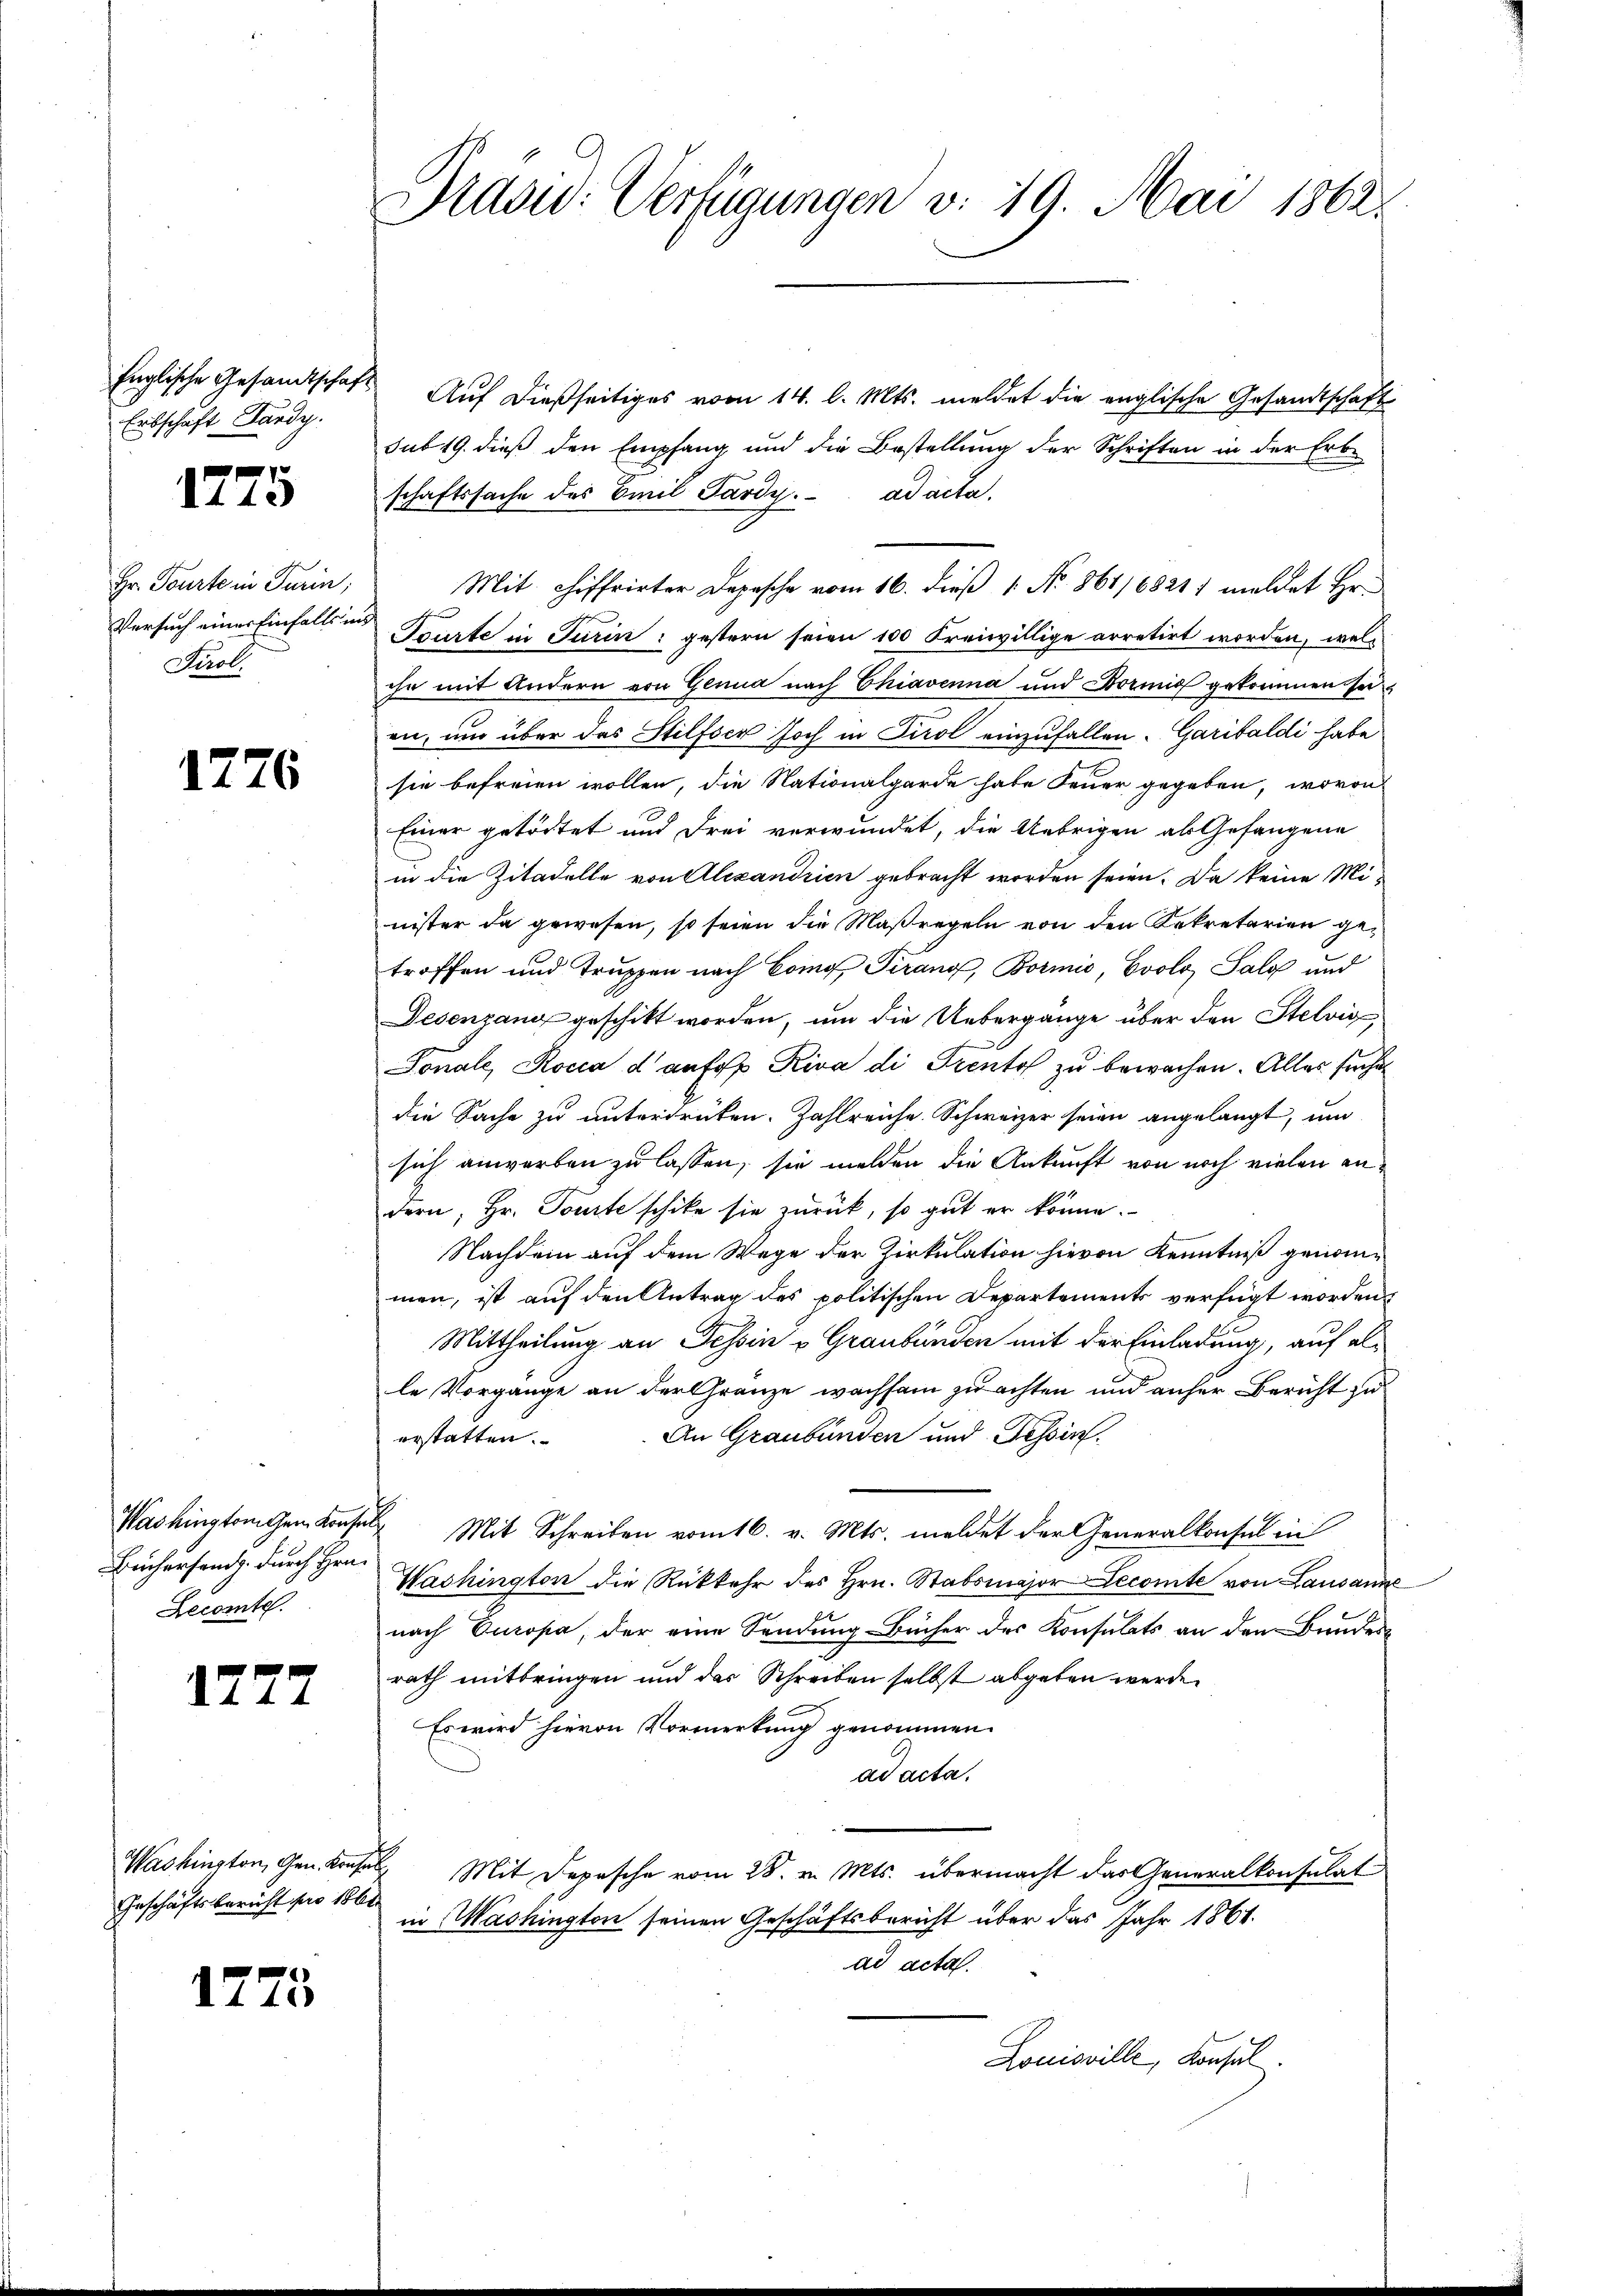
Englische Gesandtschaft
Erbschaft Lardy.

1775

Hr. Tourte in Turin;
Versuch einer Einfalls in
Perol

1776

Washington Gem. Konsen
Beichersandt. durch Hrn.
Secomte.

1227

Geschäftsbericht pro 186

1275

Nidsu: Verfügungen v. 19. Mai 1862.

Auf dießseitiges vom 14. l. Mts. meldet die englische Gesandtschaft
sub 19. dieß den Empfang und die Bestellung der Schriften in der Erbschaftssache des Emil Jardy. ad acta.
Mit chiffrirter Depesche vom 16. dieß 1 No. 861/68211 meldet Hr.
Tourte in Turin: gestern seien 100 Freiwillige arretirt worden, welihn mit Andern von Genua nach Chiavenna und Bornig gekommen sei
en, um über das Stilfser hoch in Tirol einzufallen. Garibaldi habe
sie befreien wollen, die Nationalgarde habe Feuer gegeben, wovon
Einer getödtet und drei verwundet, die Uebrigen als Gefangene
in die Zitadelle von Alexandrien gebracht worden seien. Da keine Minister da gewesen, so seien die Maßregeln von den Sekretarien getroffen und Truppen nach Como Tirang, Bormis, Evolo, Salz und
Jesengang geschikt worden, um die Uebergange über den Stelvis
Sonale, Rocca d aufop Riva di Prento zu bewachen. Alles suche
die Sache zu untertreten. Zahlreiche Schweizer seien angelangt, um
sich anworben zu lassen, sie melden die Ankunft von noch vielen andern, Hr. Tourte schicke sie zurück, so gut er könne.
Nachdem auf dem Wege der Zirkulation hievon Kenntniß genommen, ist auf den Antrag des politischen Departements verfügt worden.
Mittheilung an Tessin v. Graubünden mit der Einladung, auf alle Vorgänge an der Gränze wachsam zu achten und anher Bericht zu
An Graubünden und Tessin.
erstatten.
 Mit Schreiben vom 16. v. Mts. meldet der Generalkonsul in
Washington die Rückkehr des Hrn. Stabsmajor Lecomite von Lausanne
nach Europa, der eine Sendung Bücher des Konsulats an den Bundes-
rath mitbringen und das Schreiben selbst abgeben werde.
Es wird hievon Vormerkung genommen.
ad acta.
Washington, Gen. Konsen Mit Depesche vom 28. v. Mts. übermacht das Generalkonsulat
in Washington seinen Geschäftsbericht über das Jahr 1861.
ad acta.
Louisville, Konsul